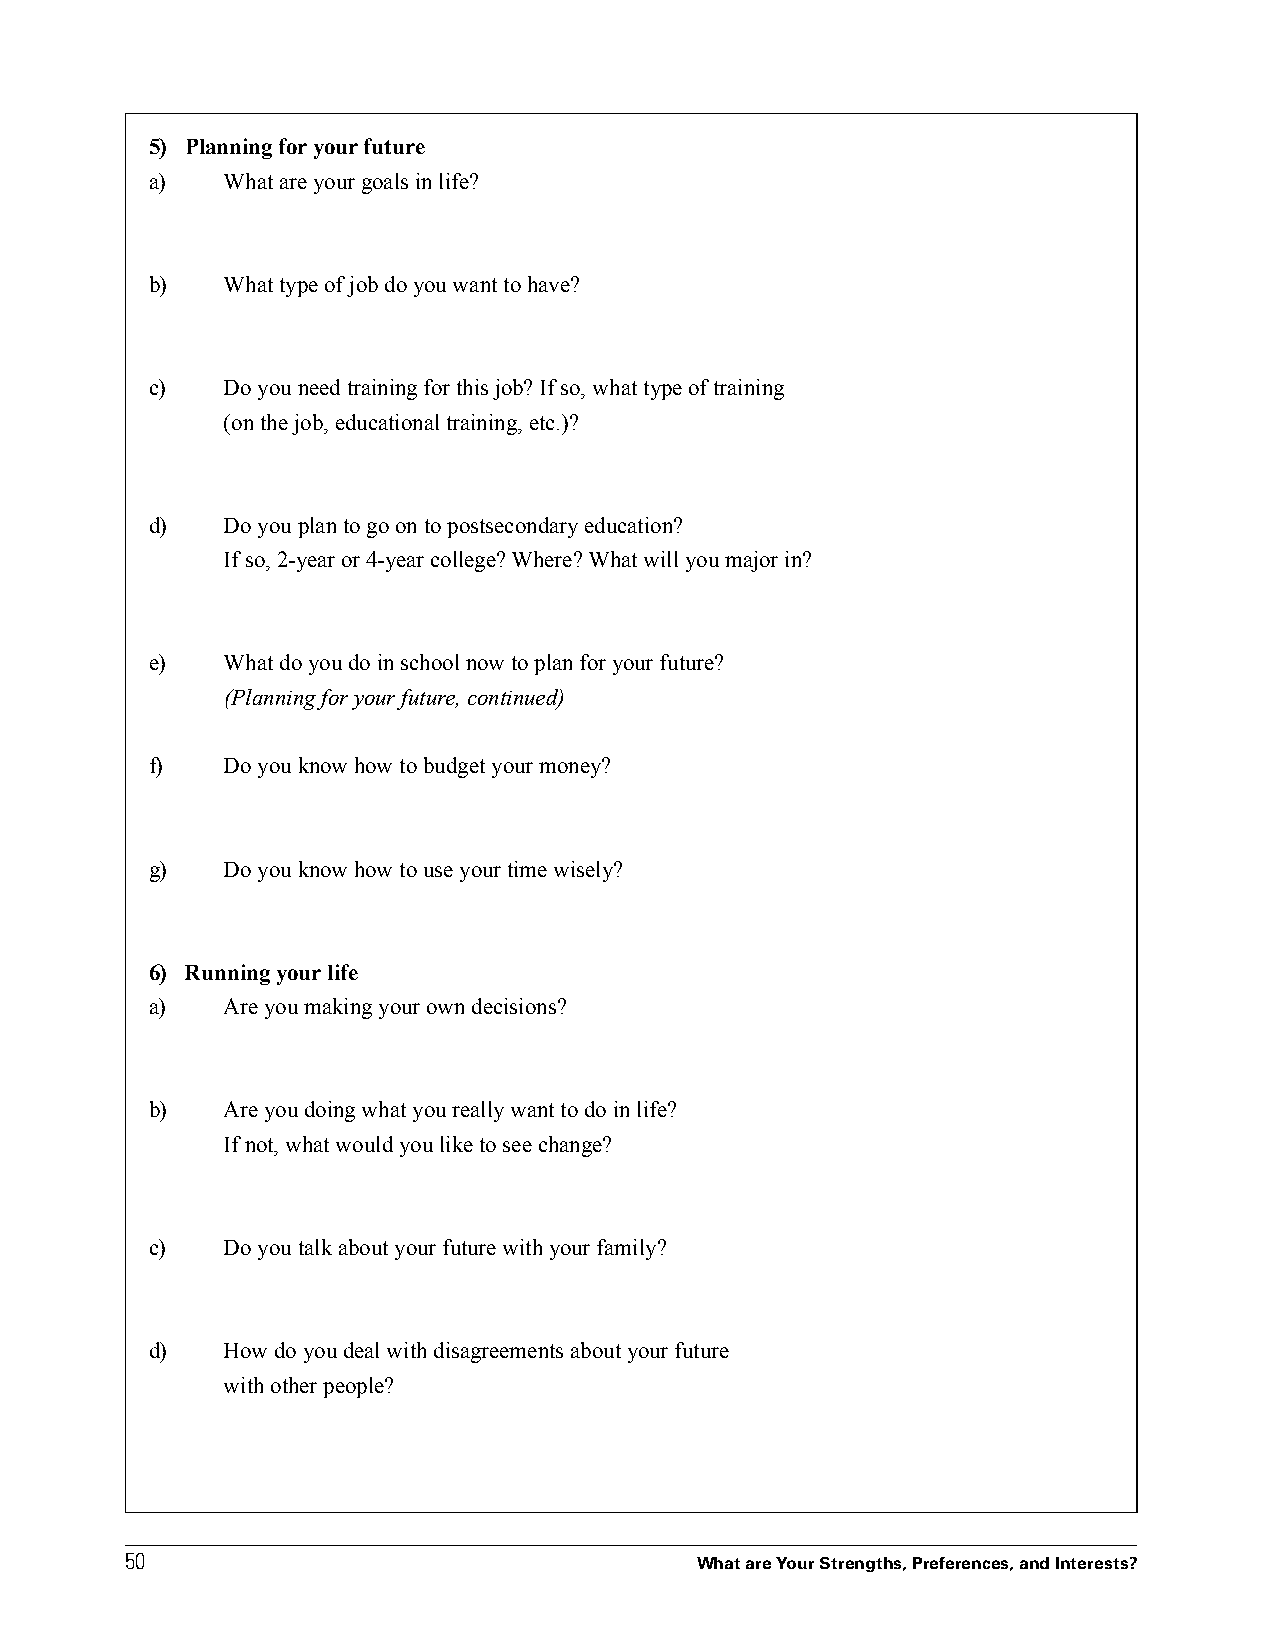
5) Planning for your future
 a)   What are your goals in life?
 b)   What type of job do you want to have?
 c)   Do you need training for this job? If so, what type of training
 (on the job, educational training, etc.)?
 d)   Do you plan to go on to postsecondary education?
 If so, 2-year or 4-year college? Where? What will you major in?
 e)   What do you do in school now to plan for your future?
 (Planning for your future, continued)
 f)   Do you know how to budget your money?
 g)   Do you know how to use your time wisely?
 6) Running your life
 a)   Are you making your own decisions?
 b)   Are you doing what you really want to do in life?
 If not, what would you like to see change?
 c)   Do you talk about your future with your family?
 d)   How do you deal with disagreements about your future
 with other people?
 5500
 What are Your Strengths, Preferences, and Interests?